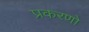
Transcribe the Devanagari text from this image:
प्रकरणो